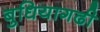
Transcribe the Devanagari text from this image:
बुधियागढी